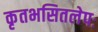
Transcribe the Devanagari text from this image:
कृतभसितलेपः